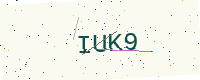
Text: IUK9